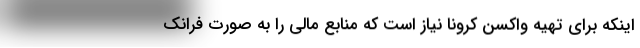
اینکه برای تهیه واکسن کرونا نیاز است که منابع مالی را به صورت فرانک